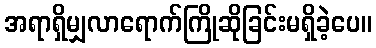
အရာရှိမျှလာရောက်ကြိုဆိုခြင်းမရှိခဲ့ပေ။